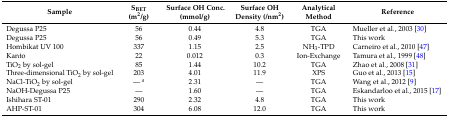
<table><thead><tr><td><b>Sample</b></td><td><b>S<sub>BET</sub> (m<sup>2</sup>/g)</b></td><td><b>Surface OH Conc. (mmol/g)</b></td><td><b>Surface OH Density (/nm<sup>2</sup>)</b></td><td><b>Analytical Method</b></td><td><b>Reference</b></td></tr></thead><tbody><tr><td>Degussa P25</td><td>56</td><td>0.44</td><td>4.8</td><td>TGA</td><td>Mueller et al., 2003 [30]</td></tr><tr><td>Degussa P25</td><td>56</td><td>0.49</td><td>5.3</td><td>TGA</td><td>This work</td></tr><tr><td>Hombikat UV 100</td><td>337</td><td>1.15</td><td>2.5</td><td>NH<sub>3</sub>-TPD</td><td>Carneiro et al., 2010 [47]</td></tr><tr><td>Kanto</td><td>22</td><td>0.012</td><td>0.3</td><td>Ion-Exchange</td><td>Tamura et al., 1999 [48]</td></tr><tr><td>TiO<sub>2</sub> by sol-gel</td><td>85</td><td>1.44</td><td>10.2</td><td>TGA</td><td>Zhao et al., 2008 [31]</td></tr><tr><td>Three-dimensional TiO<sub>2</sub> by sol-gel</td><td>203</td><td>4.01</td><td>11.9</td><td>XPS</td><td>Guo et al., 2013 [15]</td></tr><tr><td>NaCl-TiO<sub>2</sub> by sol-gel</td><td>— <i><sup>a</sup></i></td><td>2.31</td><td>—</td><td>TGA</td><td>Wang et al., 2012 [9]</td></tr><tr><td>NaOH-Degussa P25</td><td>—</td><td>1.60</td><td>—</td><td>TGA</td><td>Eskandarloo et al., 2015 [17]</td></tr><tr><td>Ishihara ST-01</td><td>290</td><td>2.32</td><td>4.8</td><td>TGA</td><td>This work</td></tr><tr><td>AHP-ST-01</td><td>304</td><td>6.08</td><td>12.0</td><td>TGA</td><td>This work</td></tr></tbody></table>